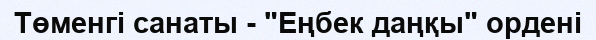
Төменгі санаты - "Еңбек даңқы" ордені